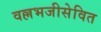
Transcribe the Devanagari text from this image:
वल्लभजीसेवित